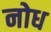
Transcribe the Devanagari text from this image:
नोध